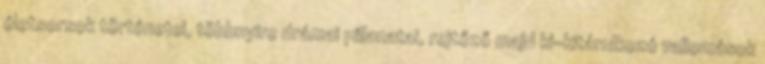
életsorsok történetei, többnyire drámai pillanatai, rejtőző majd ki-kitárulkozó vallomások